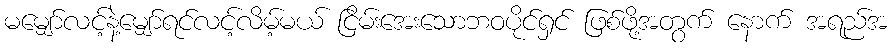
မမျှော်လင့်နဲ့မျှော်ရင်လင့်လိမ့်မယ် ငြိမ်းအေးသောဘဝပိုင်ရှင် ဖြစ်ဖို့အတွက် နောက် အရည်အ